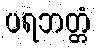
ပရဘတ္တံ